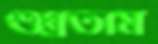
শুধ্‌রতাম